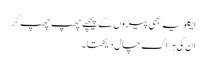
ایکلویہ بھی پیڑوں کے پیچھے چھپ چھپ کر
ان کی ہر اک چال دیکھتا ۔